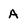
Character: A